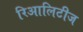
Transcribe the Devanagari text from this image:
रिआलिटीज